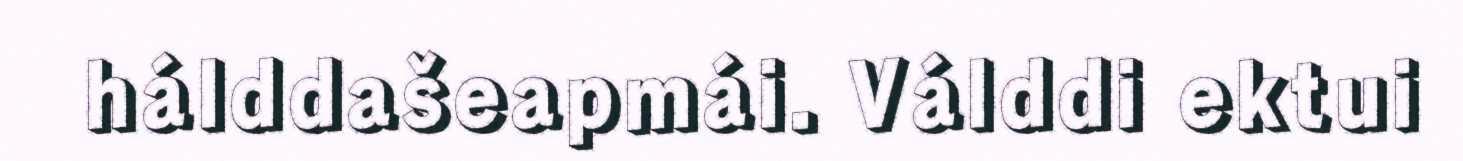
hálddašeapmái. Válddi ektui